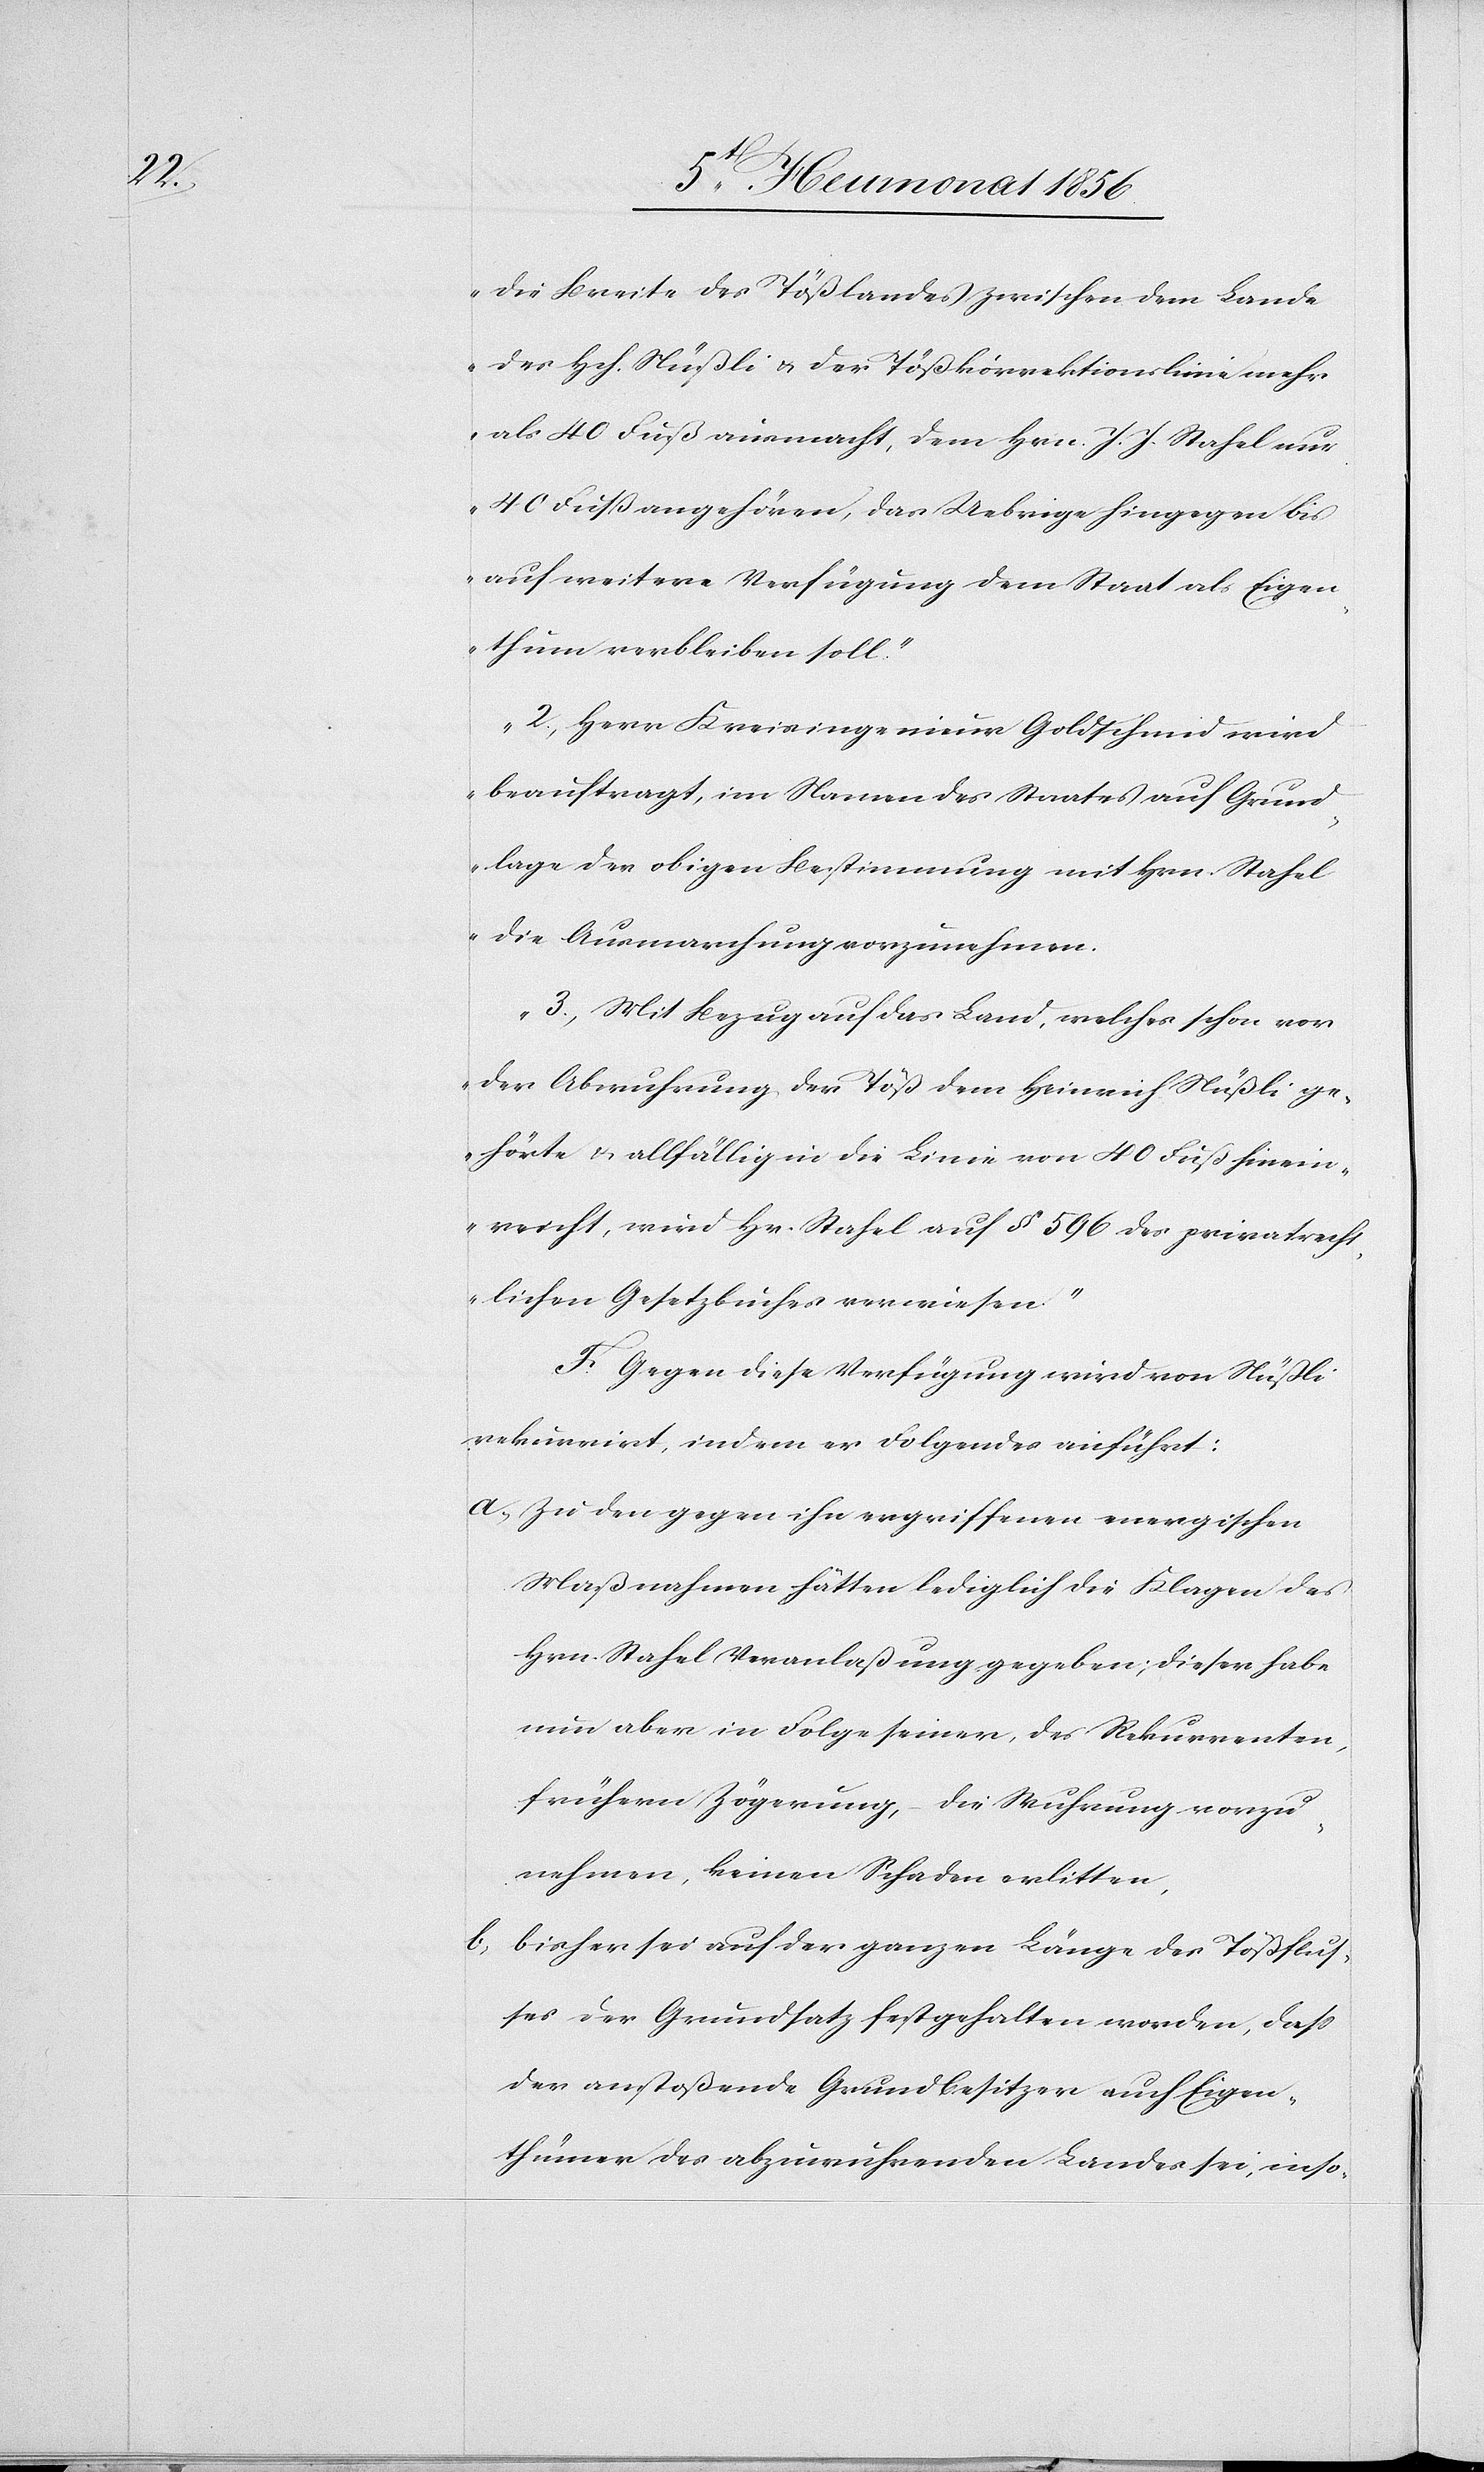
die Breite des Tößlandes zwischen dem Lande
des Hch. Nüßli u. der Tößkorrektionslinie mehr
als 40 Fuß ausmacht, dem Hrn. J. J. Stahel nur
40 Fuß angehören, das Uebrige hingegen bis
auf weitere Verfügung dem Staat als Eigen¬
thum verbleiben soll."
2.) Herr Kreisingenieur Goldschmid wird
beauftragt, im Namen des Staates auf Grund¬
lage der obigen Bestimmung mit Hrn. Stahel
die Ausmarchung vorzunehmen.
3.) Mit Bezug auf das Land, welches schon vor
der Abwuhrung der Töß dem Heinrich Nüßli ge¬
hörte & allfällig in die Linie von 40 Fuß hinein¬
reicht, wird Hr. Stahel auf § 596 des privatrecht¬
lichen Gesetzbuches verwiesen."
F. Gegen diese Verfügung wird von Nüßli
rekurrirt, indem er Folgendes anführt:
a.) Zu den gegen ihn ergriffenen energischen
Maßnahmen hätten lediglich die Klagen des
Hrn. Stahel Veranlaßung gegeben; dieser habe
nun aber in Folge seiner, des Rekurrenten,
frühern Zögerung, – die Wuhrung vorzu¬
nehmen, keinen Schaden erlitten.
b.) bisher sei auf der ganzen Länge des Tößflus¬
ses der Grundsatz festgehalten worden, dass
der anstoßende Grundbesitzer auch Eigen¬
thümer des abzuwuhrenden Landes sei, inso-